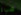
شيء